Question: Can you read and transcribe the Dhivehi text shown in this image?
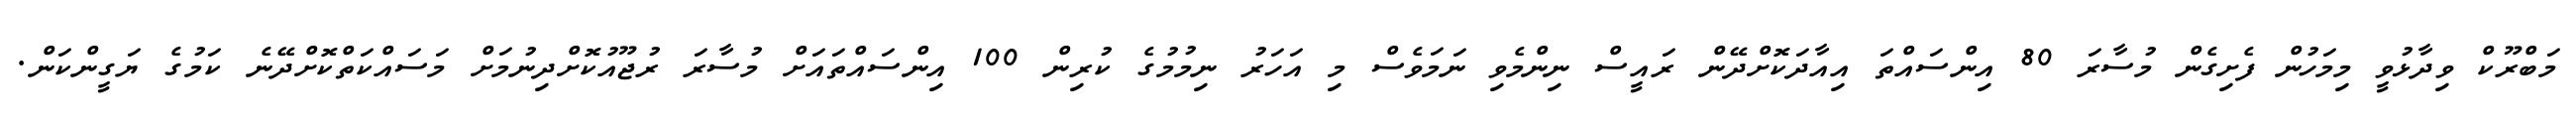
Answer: މަބްރޫކް ވިދާޅުވީ މިމަހުން ފެށިގެން މުސާރަ 80 އިންސައްތަ އިއާދަކޮށްދޭން ރައީސް ނިންމެވި ނަމަވެސް މި އަހަރު ނިމުމުގެ ކުރިން 100 އިންސައްތައަށް މުސާރަ ރުޖޫއުކޮށްދިނުމަށް މަސައްކަތްކޮށްދޭނެ ކަމުގެ ޔަގީންކަން.